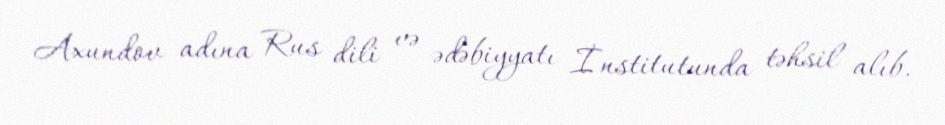
Axundov adına Rus dili və ədəbiyyatı İnstitutunda təhsil alıb.